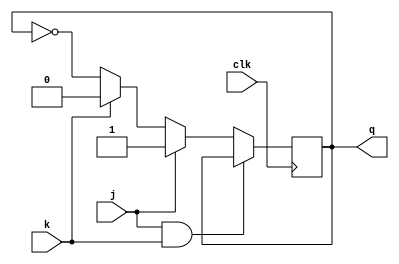
module jk_flip_flop (
  input wire clk,
  input wire j,
  input wire k,
  output reg q
);

  always @(posedge clk) begin
    if (j && k) begin
      q <= q;
    end else if (j) begin
      q <= 1'b1;
    end else if (k) begin
      q <= 1'b0;
    end else begin
      q <= ~q;
    end
  end

endmodule